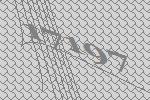
17197